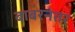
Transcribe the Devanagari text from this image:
बाबरनंतर